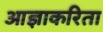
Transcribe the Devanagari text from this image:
आज्ञाकरिता